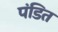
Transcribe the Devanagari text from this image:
पंडित